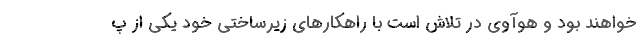
خواهند بود و هوآوی در تلاش است با راهکارهای زیرساختی خود یکی از پ